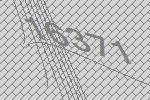
16371